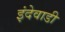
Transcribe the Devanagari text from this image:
इंदेवाडी